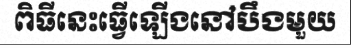
ពិធីនេះធ្វើឡើងនៅបឹងមួយ